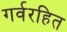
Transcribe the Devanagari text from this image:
गर्वरहित